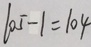
1 0 5 - 1 = 1 0 4